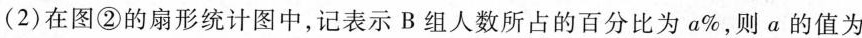
(2)在图②的扇形统计图中,记表示B组人数所占的百分比为a\%则a的值为